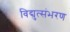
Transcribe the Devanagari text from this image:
विद्युत्संभरण